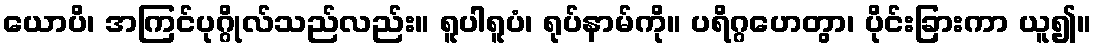
ယောပိ၊ အကြင်ပုဂ္ဂိုလ်သည်လည်း။ ရူပါရူပံ၊ ရုပ်နာမ်ကို။ ပရိဂ္ဂဟေတွာ၊ ပိုင်းခြားကာ ယူ၍။